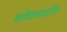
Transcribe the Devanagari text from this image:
संवेदनशक्ति